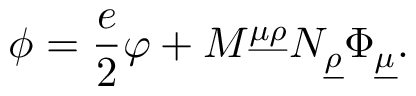
\phi = \frac { e } { 2 } \varphi + M ^ { \underline { { { \mu } } } \underline { { { \rho } } } } N _ { \underline { { { \rho } } } } \Phi _ { \underline { { { \mu } } } } .